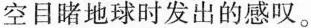
空目睹地球时发出的感叹。